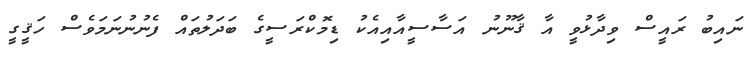
ނައިބު ރައީސް ވިދާޅުވީ އާ ޤާނޫނު އަސާސީއާއިއެކު ޑިމޮކްރަސީގެ ބަދަލުތައް ފެނުނުނަމަވެސް ހަޤީގީ